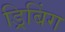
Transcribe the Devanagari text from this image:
ड्रिबिंग